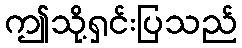
ဤသို့ရှင်းပြသည်